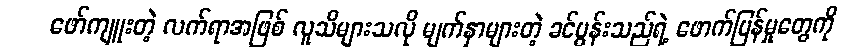
ဖော်ကျူးတဲ့ လက်ရာအဖြစ် လူသိများသလို မျက်နှာများတဲ့ ခင်ပွန်းသည်ရဲ့ ဖောက်ပြန်မှုတွေကို